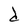
Character: d